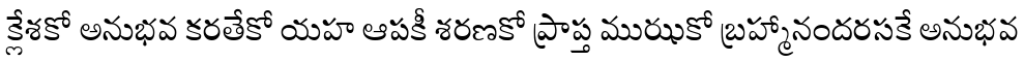
క్లేశకో అనుభవ కరతేకో యహ ఆపకీ శరణకో ప్రాప్త ముఝకో బ్రహ్మానందరసకే అనుభవ